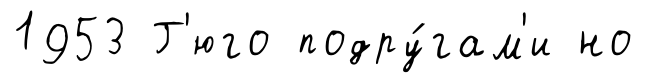
1953 Г'юго подру́гам'и но